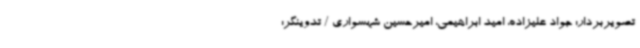
تصویربردار: جواد علیزاده، امید ابراهیمی، امیرحسین شهسواری / تدوینگر: